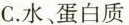
C.水、蛋白质